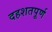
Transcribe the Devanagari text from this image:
दहशतपूर्ण